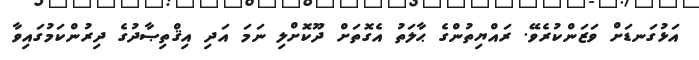
އަޅުގަނޑަށް ވަޒަންކުރެވޭ. ރައްޔިތުންގެ ޙާލަތު އެގޮތަށް ދޫކޮށްލި ނަމަ އަދި އިޤްތިޞާދުގެ ދިރުންކަމުގައިވާ